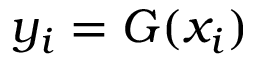
y _ { i } = G ( x _ { i } )